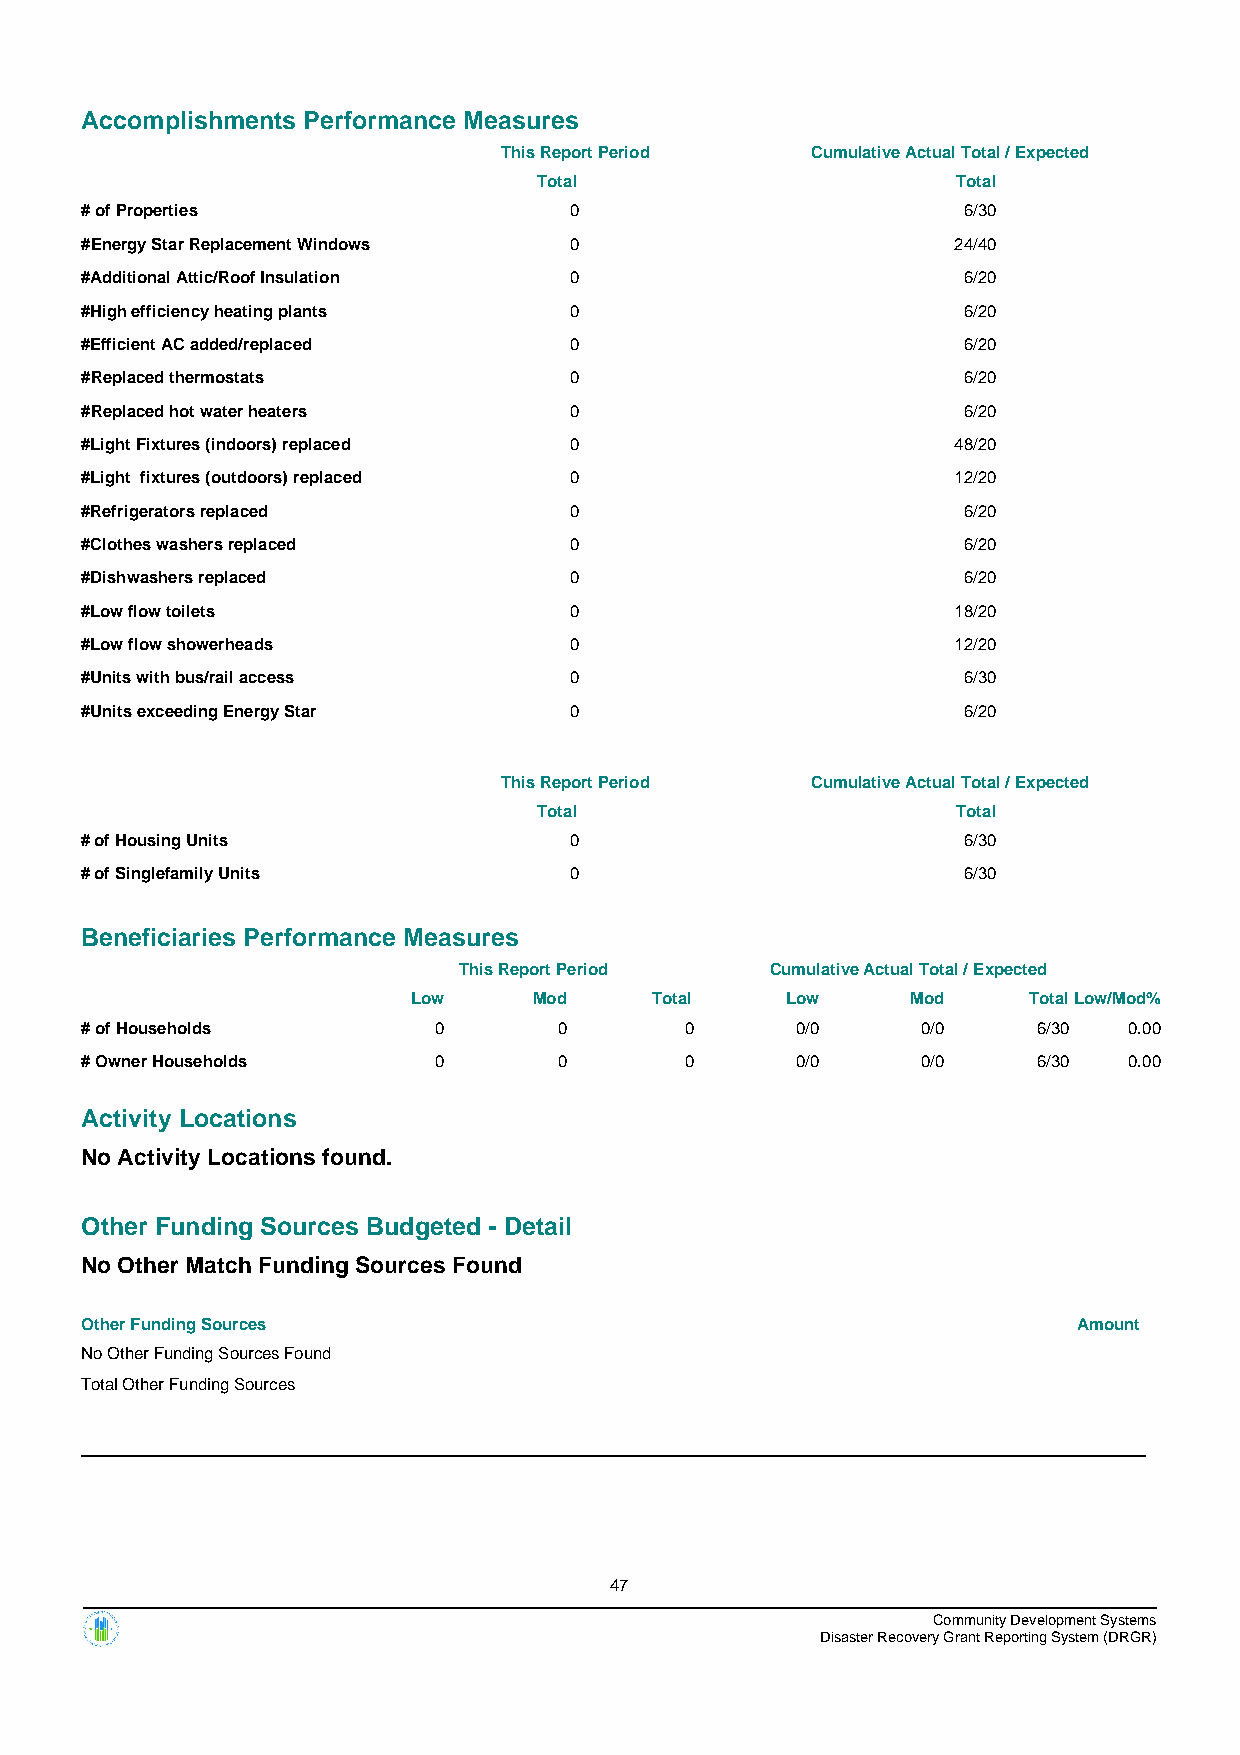
Accomplishments Performance Measures
 This Report Period   Cumulative Actual Total / Expected
 Total                      Total
 # of Properties                  0                         6/30
 #Energy Star Replacement Windows 0                        24/40
 #Additional Attic/Roof Insulation 0                        6/20
 #High efficiency heating plants  0                         6/20
 #Efficient AC added/replaced     0                         6/20
 #Replaced thermostats            0                         6/20
 #Replaced hot water heaters      0                         6/20
 #Light Fixtures (indoors) replaced 0                      48/20
 #Light fixtures (outdoors) replaced 0                     12/20
 #Refrigerators replaced          0                         6/20
 #Clothes washers replaced        0                         6/20
 #Dishwashers replaced            0                         6/20
 #Low flow toilets                0                        18/20
 #Low flow showerheads            0                        12/20
 #Units with bus/rail access      0                         6/30
 #Units exceeding Energy Star     0                         6/20
 This Report Period   Cumulative Actual Total / Expected
 Total                      Total
 # of Housing Units               0                         6/30
 # of Singlefamily Units          0                         6/30
 Beneficiaries Performance Measures
 This Report Period   Cumulative Actual Total / Expected
 Low     Mod     Total    Low     Mod     TotalLow/Mod%
 # of Households         0       0       0       0/0     0/0     6/30  0.00
 # Owner Households      0       0       0       0/0     0/0     6/30  0.00
 Activity Locations
 No Activity Locations found.
 Other Funding Sources Budgeted - Detail
 No Other Match Funding Sources Found
 Other Funding Sources                                             Amount
 No Other Funding Sources Found
 Total Other Funding Sources
 47
 Community Development Systems
 Disaster Recovery Grant Reporting System (DRGR)